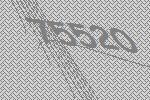
75520